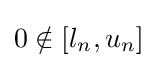
0\notin [l_{n},u_{n}]